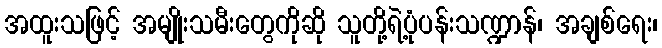
အထူးသဖြင့် အမျိုးသမီးတွေကိုဆို သူတို့ရဲ့ပုံပန်းသဏ္ဍာန်၊ အချစ်ရေး၊